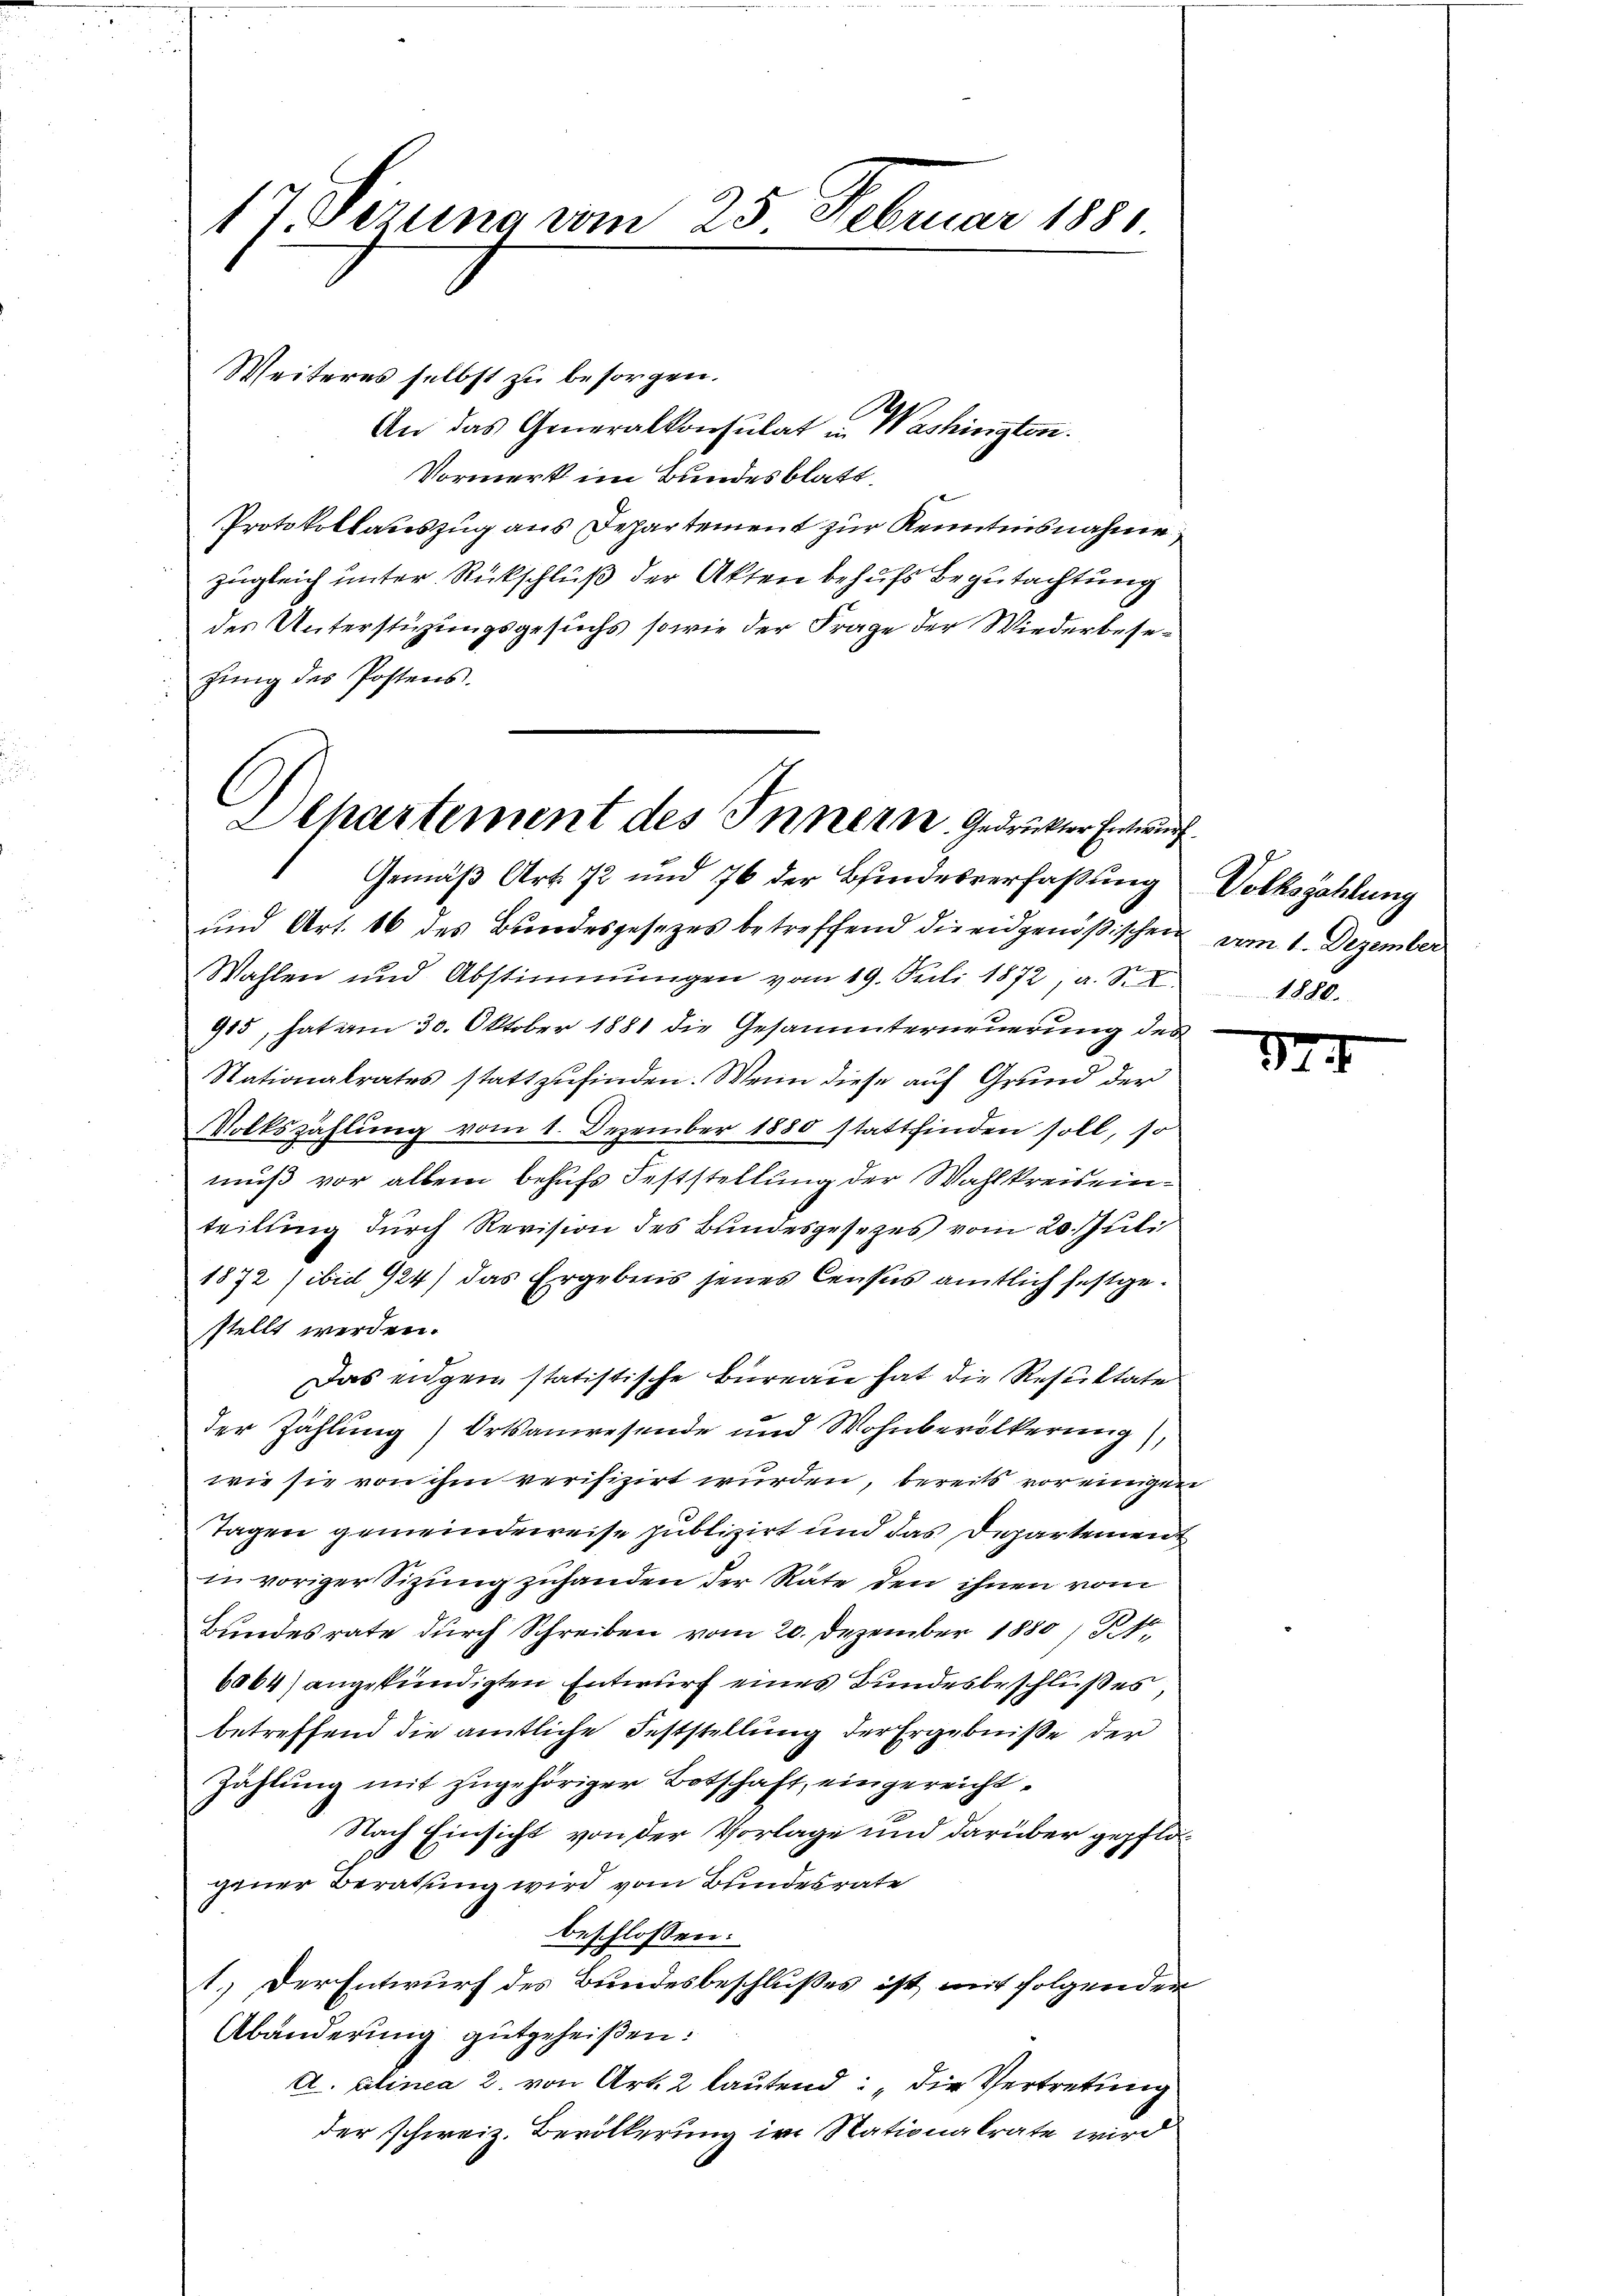
17. Dezung vom 25. Februar 1881

Weiteres selbst zu besorgen.
.
An das Generalkonsulat in Washington.
Vormerk im Bundesblatt.
Protokollauszug aus Departement zur Kenntnisnahme
zugleich unter Rückschluß der Akten behufs Begutachtung
des Unterstüzungsgesuchs sowie der Frage der Wiederbesezung des Postens.

Dehartement des Innern. Gedruckter Entwur
Gemäß Art. 72 und 76 der Bindesverfaßung

und Art. 16 des Bundesgesetzes betreffend die eidgenößischen vom 1. Dezember
Wahlen und Abstimmungen vom 19. Juli 1872, a. S. X.
915, hat am 30. Oktober 1881 die Gesammterneuerung des
Stationalrates stattzufinden. Wenn diese auf Grund der
Volkszählung vom 1. Dezember 1880 stattfinden soll, so
muß vor allem behufs Feststellung der Wahlkreiseinteilung durch Revision des Bundesgesezes vom 20. Juli
1872 (bis 924) das Ergebnis jenes Census amtlich festgestellt werden.
Das eigen statistische Büreau hat die Resultate
der Zählung) Ortsanwesende und Wohnbevölkerung),
wie sie von ihm verifizirt wurden, bereits vor einigen
Tagen gemeindeweise publizirt und das Departemen
in voriger Sizŭng zuhanden der Räte den ihnen vom
Bundesrate durch Schreiben vom 20. Dezember 1880 / Kt.
6064) angekündigten Entwurf eines Bundesbeschlußes,
betreffend die amtliche Feststellung der Ergebniße der
Zählung mit zugehöriger Botschaft, eingereicht¬
Nach Einsicht von der Vorlage und darüber gepflägener Berathung wird vom Bundesrate
beschlossen:
1.) Der Entwurf des Bundesbeschlußes ist mit folgenden
Abänderung gutgeheißen:
A. Alinea 2. von Art. 2 lautend: „Die Vertretung
der schweiz. Bevölkerung im Nationalrate wird

f
Volkszählung
1880.

7